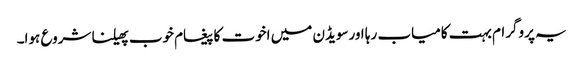
یہ پروگرام بہت کامیاب رہا اورسویڈن میں اخوت کا پیغام خوب پھیلنا شروع ہوا۔